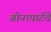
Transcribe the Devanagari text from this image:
बोनापार्टचे